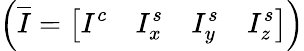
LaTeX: \left(\overline{{I}}=\left[I^{c}\quad I_{x}^{s}\quad I_{y}^{s}\quad I_{z}^{s}\right]\right)